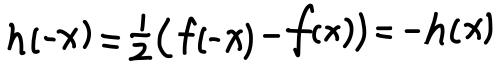
\[ h(-x)=\frac{1}{2}(f(-x)-f(x))=-h(x) \]